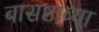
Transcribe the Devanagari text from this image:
बासष्ठाव्या